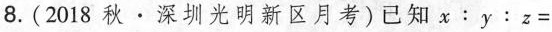
8.(2018秋·深圳光明新区月考)已知$$x：y：z＝$$